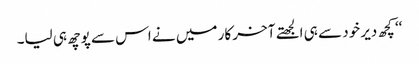
‘‘ کچھ دیر خود سے ہی الجھتے آخر کار میں نے اس سے پوچھ ہی لیا۔